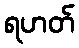
ရဟတ်